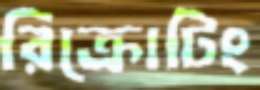
রিক্রোটিং